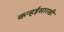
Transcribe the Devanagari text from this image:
कन्हईसारखी